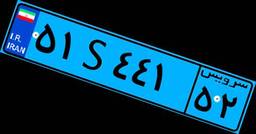
۵۱S۴۴۱۵۲